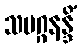
သမဂ္ဂနန္ဒိံ